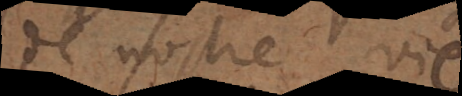
de nostre vie.